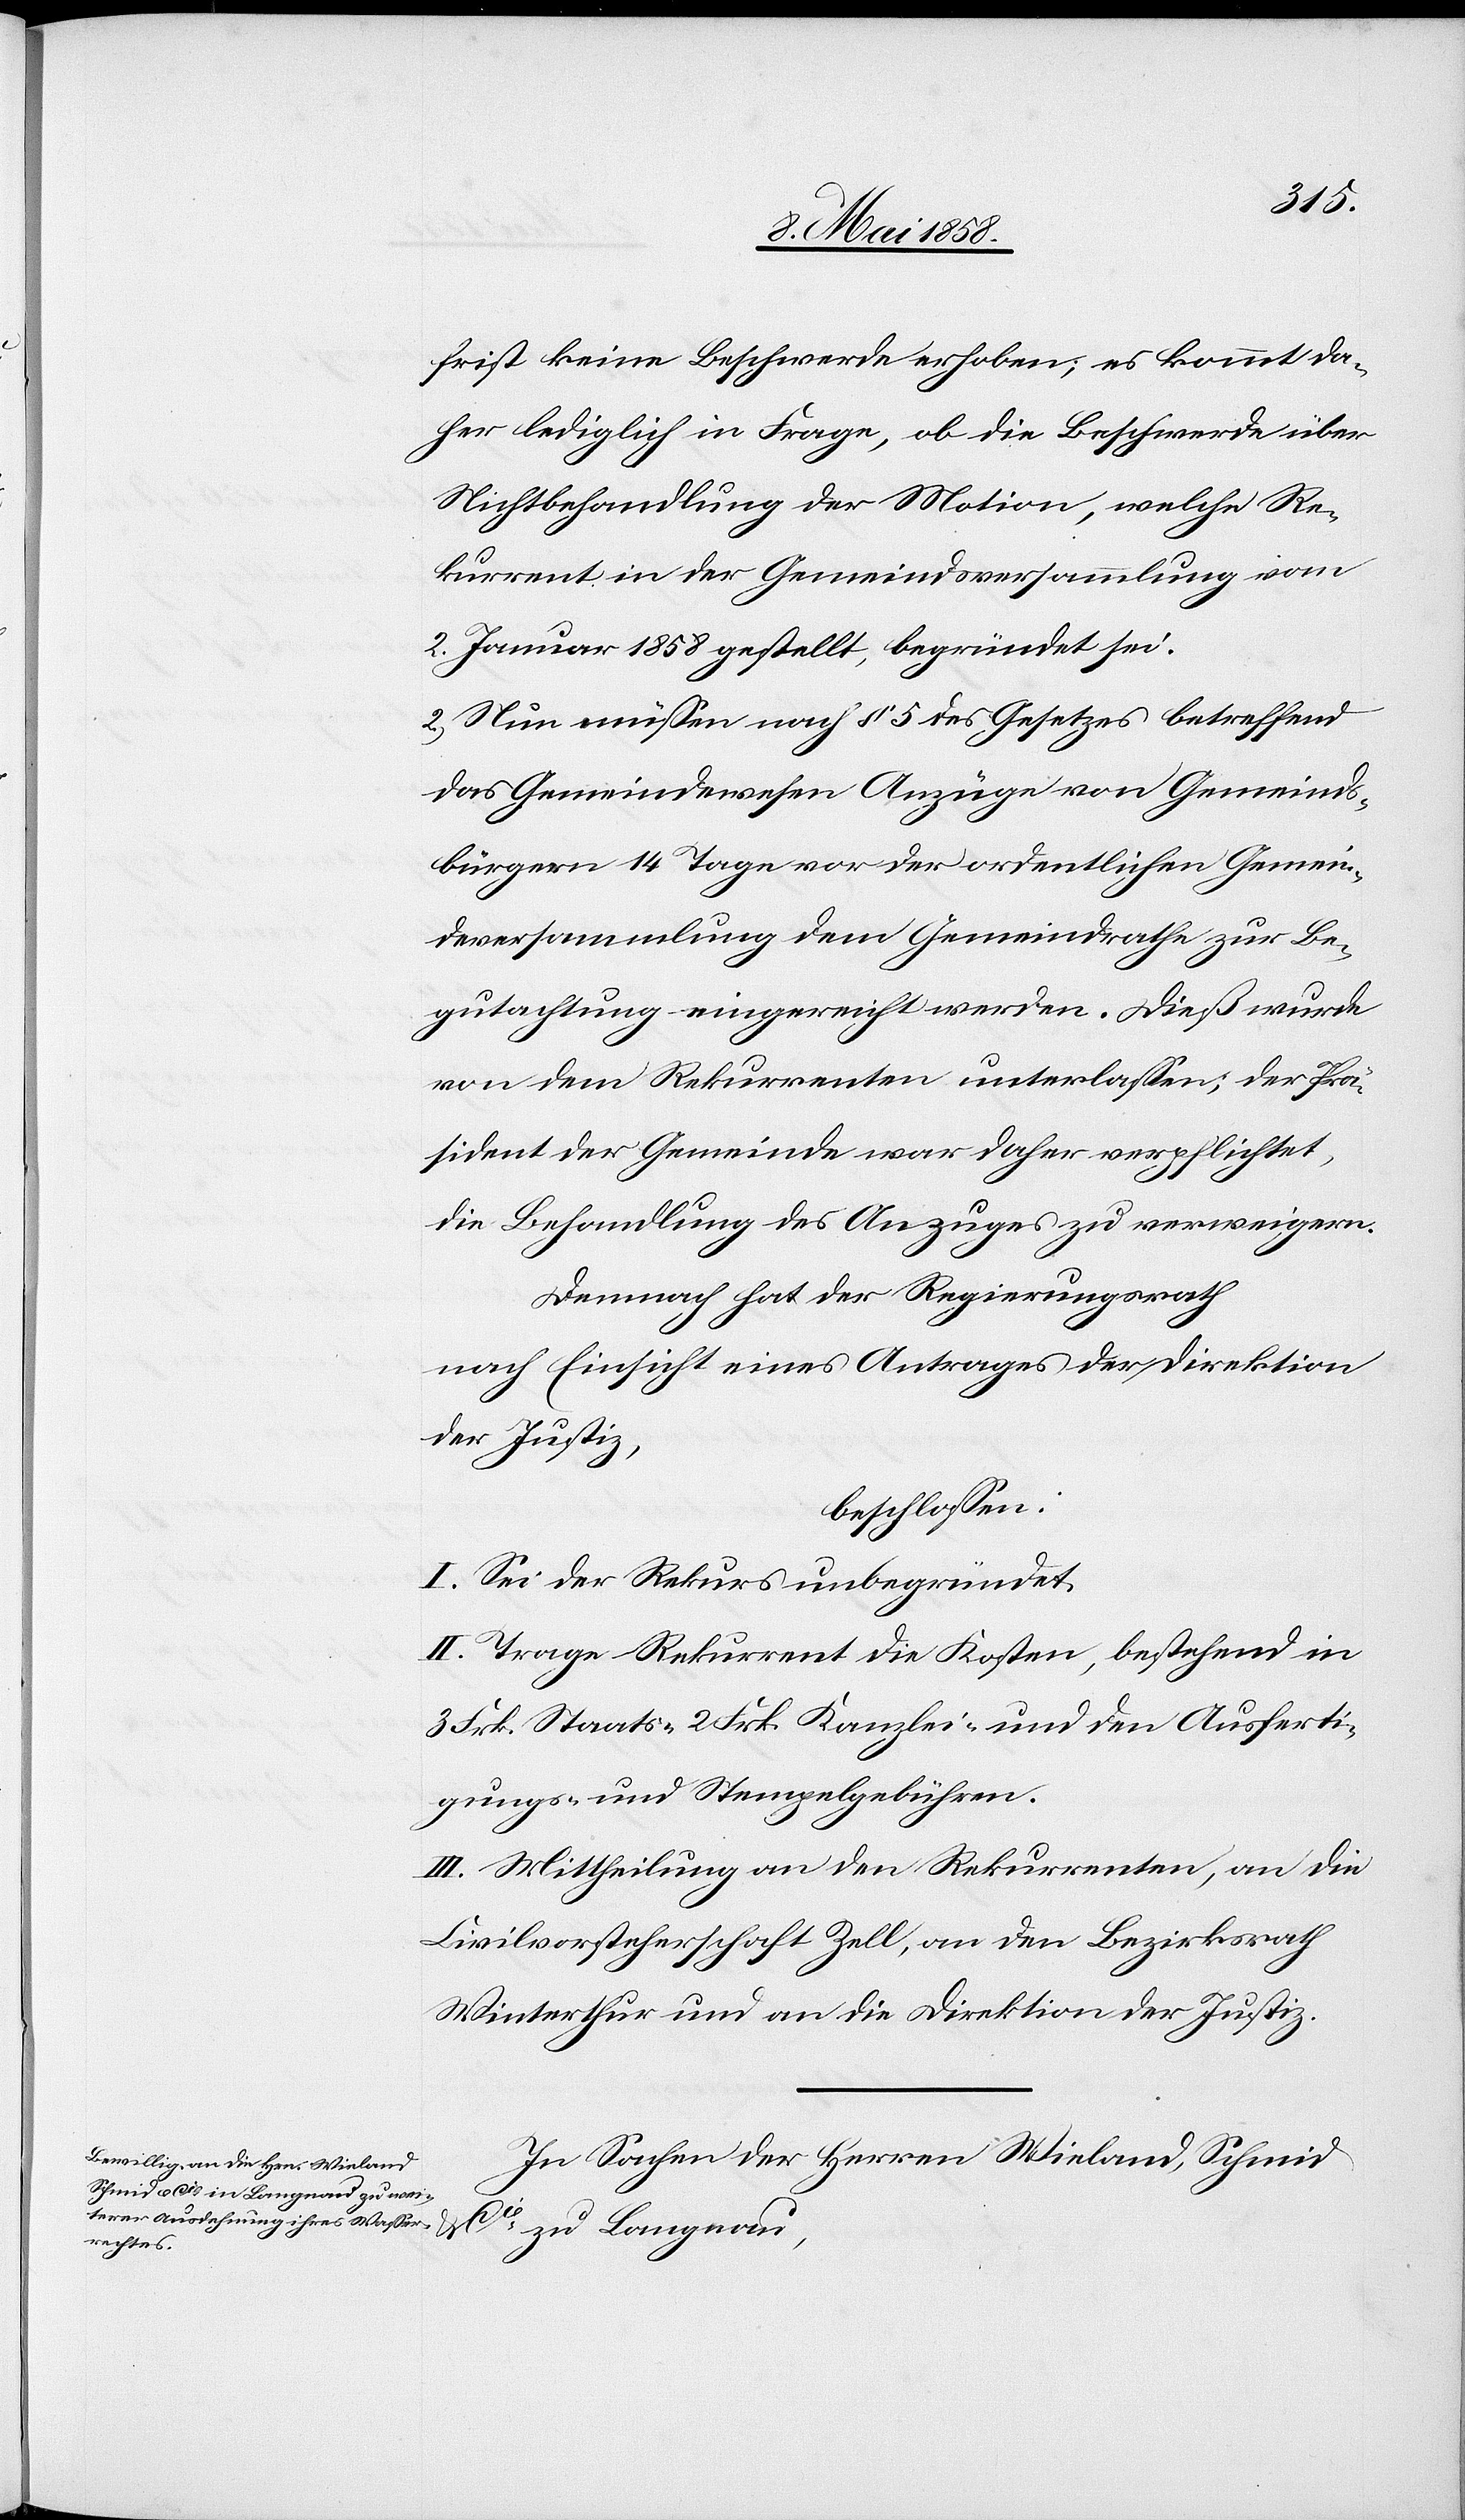
frist keine Beschwerde erhoben; es kommt da¬
her lediglich in Frage, ob die Beschwerde über
Nichtbehandlung der Motion, welche Re¬
kurrent in der Gemeindsversammlung vom
2. Januar 1858 gestellt, begründet sei.
2. Nun müssen nach § 5 des Gesetzes betreffend
das Gemeindewesen Anzüge von Gemeinds¬
bürgern 14 Tage vor der ordentlichen Gemein¬
deversammlung dem Gemeindrathe zur Be¬
gutachtung eingereicht werden. Dieß wurde
von dem Rekurrenten unterlassen, der Prä¬
sident der Gemeinde war daher verpflichtet,
die Behandlung des Anzuges zu verweigern.
Demnach hat der Regierungsrath
nach Einsicht eines Antrages der Direktion
der Justiz,
beschlossen:
I. Sei der Rekurs unbegründet.
II. Trage Rekurrent die Kosten, bestehend in
3 Frk. Staats-[,] 2 Frk. Kanzlei- und den Ausferti¬
gungs- und Stempelgebühren.
III. Mittheilung an den Rekurrenten, an die
Civilvorsteherschaft Zell, an den Bezirksrath
Winterthur und an die Direktion der Justiz.
In Sachen der Herren Wieland, Schmid
Cie zu Langnau,